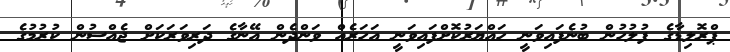
ޕްރޮލިޑާގެ ފުލުހުން ބުނެފައިވަނީ ހައްޔަރުކޮށްފައިވަނީ އަހަރެއް ވަންދެން އޭނާގެ ދަރިވަރަކަށް ޖެއްސުން ކުރުމުގެ